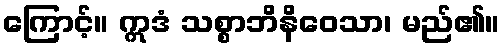
ကြောင့်။ ဣဒံ သစ္စာဘိနိဝေသာ၊ မည်၏။